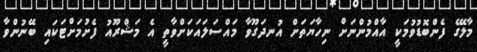
މާލޭގެ ފެންބޮޑުވުމަކީ އާއްމުންނަށް ނިހާޔަތަށް އުނދަގޫވާ މައްސަލައަކަށްވާތީ އެ މަޝްރޫއު ފެށުމަށްޓަކައި ބޭނުންވާ